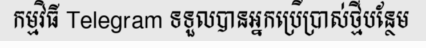
កម្មវិធី Telegram ទទួលបានអ្នកប្រើប្រាស់ថ្មីបន្ថែម